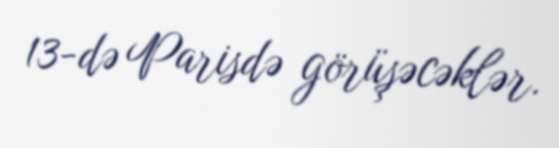
13-də Parisdə görüşəcəklər.